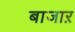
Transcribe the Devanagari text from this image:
बाजाऱ